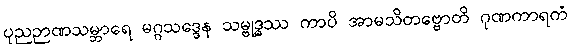
ပုညဉာဏသမ္ဘာရေ မဂ္ဂသဒ္ဒေန သမ္ဗုဒ္ဓဿ ကာပိ အာမသိတဗ္ဗောတိ ဂုဏကာရကံ